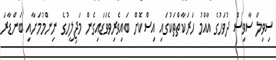
ސިވިލް ސާވިސް ދުވަހުގެ އާއްމު ހަރަކާތްތަކުގައި އިސްކޮށް ބައިވެރިވެވަޑައިގެން މަޖިލީހުގެ ނިންމުމަށާއި ބަންޑާރަ